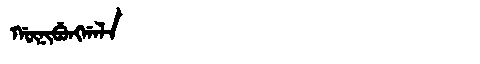
Manchu: ᡤᡡᠨᡳᠪᡠᠩᡤᠠᠯᠠ
Romanization: GŪNIBUNGGALA